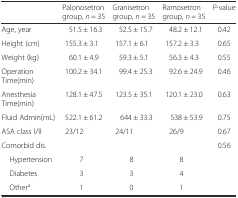
<table><thead><tr><td></td><td><b>Palonosetron group, <i>n</i> = 35</b></td><td><b>Granisetron group, <i>n</i> = 35</b></td><td><b>Ramosetron group, <i>n</i> = 35</b></td><td><b><i>P</i>-value</b></td></tr></thead><tbody><tr><td>Age, year</td><td>51.5 ± 16.3</td><td>52.5 ± 15.7</td><td>48.2 ± 12.1</td><td>0.42</td></tr><tr><td>Height (cm)</td><td>155.3 ± 3.1</td><td>157.1 ± 6.1</td><td>157.2 ± 3.3</td><td>0.65</td></tr><tr><td>Weight (kg)</td><td>60.1 ± 4.9</td><td>59.3 ± 5.1</td><td>56.3 ± 4.3</td><td>0.55</td></tr><tr><td>Operation Time(min)</td><td>100.2 ± 34.1</td><td>99.4 ± 25.3</td><td>92.6 ± 24.9</td><td>0.46</td></tr><tr><td>Anesthesia Time(min)</td><td>128.1 ± 47.5</td><td>123.5 ± 35.1</td><td>120.1 ± 23.0</td><td>0.63</td></tr><tr><td>Fluid Admin(mL)</td><td>522.1 ± 61.2</td><td>644 ± 33.3</td><td>538 ± 53.9</td><td>0.75</td></tr><tr><td>ASA class I/II</td><td>23/12</td><td>24/11</td><td>26/9</td><td>0.67</td></tr><tr><td>Comorbid dis.</td><td></td><td></td><td></td><td>0.56</td></tr><tr><td> Hypertension</td><td>7</td><td>8</td><td>8</td><td></td></tr><tr><td> Diabetes</td><td>3</td><td>3</td><td>4</td><td></td></tr><tr><td> Other<sup>a</sup></td><td>1</td><td>0</td><td>1</td><td></td></tr></tbody></table>